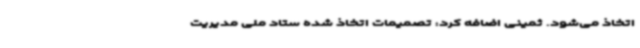
اتخاذ می‌شود. ثمینی اضافه کرد: تصمیمات اتخاذ شده ستاد ملی مدیریت